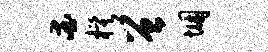
爱模曾悃